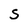
Character: S